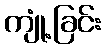
ကျုံ့ခြင်း